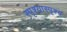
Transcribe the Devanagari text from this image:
स्पृश्‍यास्पृश्‍य